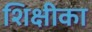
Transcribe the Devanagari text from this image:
शिक्षीका